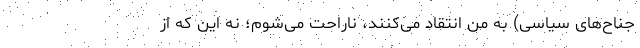
جناح‌های سیاسی) به من انتقاد می‌کنند، ناراحت می‌شوم؛ نه این که از